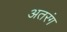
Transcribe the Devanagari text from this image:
अतरंग